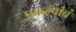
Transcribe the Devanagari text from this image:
प्रकल्पांचं